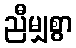
ညီမျှစွာ